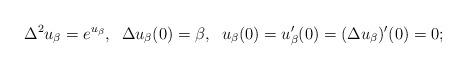
LaTeX: \begin{align*}\Delta^2 u_\beta = e^{u_\beta}, \;\; \Delta u_\beta(0)=\beta, \;\; u_\beta(0) = u'_\beta(0)=(\Delta u_\beta)'(0)=0;\end{align*}